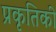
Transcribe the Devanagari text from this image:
प्रकृतिकी